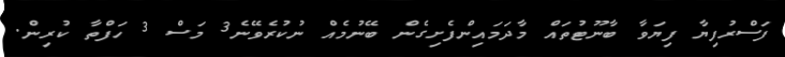
ފަސްރުފިޔާ ފިޔަވާ ބާނޫޓުތައް މާދަމައިންފެށިގެން ބޭނުމެއް ނުކުރެވޭނެ3 މަސް 3 ހަފްތާ ކުރިން.